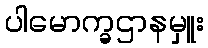
ပါမောက္ခဌာနမှူး